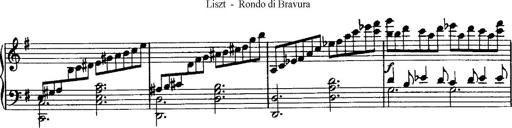
Title: Rondo di bravura
Composer: Franz Liszt